Vital statistics of India. Vol. V, Reports of 1876 on armies & jails and on epidemic cholera
Year: 1876
Disease focus: Cholera
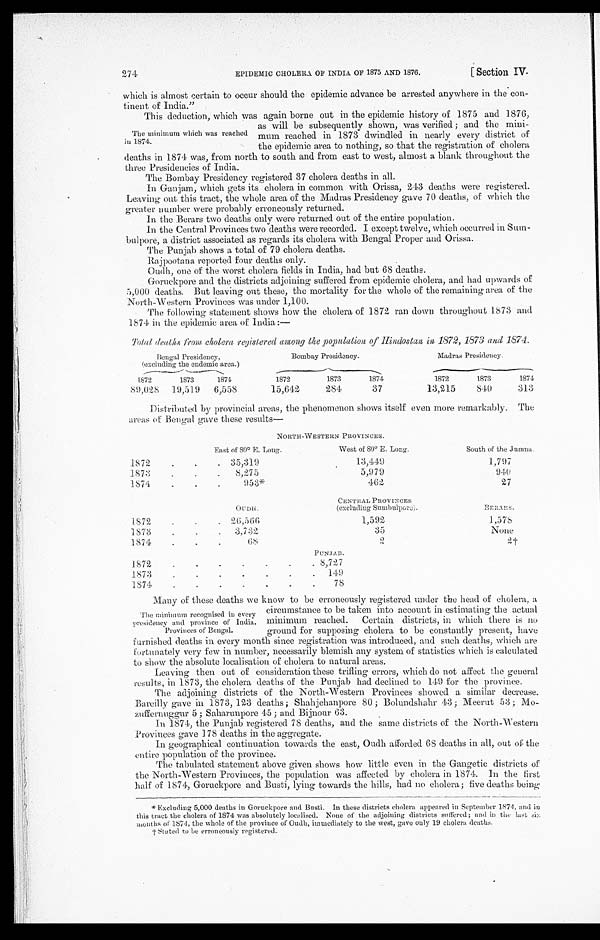
274
EPIDEMIC CHOLERA OF INDIA OF 1875 AND 1876.
[ Section IV
.
which is almost certain to occur should the epidemic advance be arrested anywhere in the con-
tinent of India."
This deduction, which was again borne out in the epidemic history of 1875 and 1876,
The minimum which was reached
in 1874.
as will be subsequently shown, was verified ; and the mini-
mum reached in 1873 dwindled in nearly every district of
the epidemic area to nothing, so that the registration of cholera
deaths in 1874 was, from north to south and from east to west, almost a blank throughout the
three Presidencies of India.
The Bombay Presidency registered 37 cholera deaths in all.
In Ganjam, which gets its cholera in common with Orissa, 243 deaths were registered.
Leaving out this tract, the whole area of the Madras Presidency gave 70 deaths, of which the
greater number were probably erroneously returned.
In the Berars two deaths only were returned out of the entire population.
In the Central Provinces two deaths were recorded. I except twelve, which occurred in Sum-
bulpore, a district associated as regards its cholera with Bengal Proper and Orissa.
The Punjab shows a total of 79 cholera deaths.
Rajpootana reported four deaths only.
Oudh, one of the worst cholera fields in India, had but 68 deaths.
Goruckpore and the districts adjoining suffered from epidemic cholera, and had upwards of
5,000 deaths. But leaving out these, the mortality for the whole of the remaining area of the
North-Western Provinces was under 1,100.
The following statement shows how the cholera of 1872 ran down throughout 1873 and
1874 in the epidemic area of India.:
—
T o t a l d e a t h s f r o m c h o l e r a r e g i s t e r e d a m o n g t h e p o p u l a t i o n o f H i n d o s t a n i n 1 8 7 2 , 1 8 7 3 a n d 1 8 7 4
Bengal Presidency,
(excluding the endemic area.)
Bombay Presidency.
Madras Presidency.
1872
1873
1874
1872
1873
1874
1872
1873
1874
89,028 19,519 6,558
15,642
284
37
13,215
840
313
Distributed by provincial areas, the phenomenon shows itself even more remarkably. The
areas of Bengal gave these results—
NORTH-WESTERN PROVINCES.
East of 80° E. Long.
West of
80° E. Long.
South of the Jumna.
1872
35,319
13,419
1,797
1873
8,275
5,979
940
1874
953*
462
27
OUDH.
CENTRAL PROVINCES
(excluding Sumbulpore).
BERARS.
1872
26,566
1,592
1 , 5 7 8
1873
3,732
35
None
1874
68
2
2 †
PUNJAB.
1872
8,727
1873
149
1 8 7 4
78
Many of these deaths we know to be erroneously registered under the head of cholera, a
The minimum recognised in every
presidency and province of India.
Provinces of Bengal.
V
furnished deaths in every month since registration was introduced, and such deaths, which are
fortunately very few in number, necessarily blemish any system of statistics which is calculated
to show the absolute localisation of cholera to natural areas.
Leaving then out of consideration these trifling errors, which do not affect the general
results, in 1873, the cholera deaths of the Punjab had declined to 149 for the province.
The adjoining districts of the North-Western Pr ovinces showed a similar decrease.
Bareilly gave in 1873, 123 deaths ; Shahjehanpore 80 ; Bolundshahr 43; Meerut 53 ; Mo-
zuffernuggur 5 ; Saharunpore 45 ; and Bijnour 63.
In 1874, the Punjab registered 78 deaths, and the same districts of the North-Western
Provinces gave 178 deaths in the aggregate.
In geographical continuation towards the east, Oudh afforded 68 deaths in all, out of the
entire population of the province.
The tabulated statement above given shows how little even in the Gangetic districts of
the North-Western Provinces, the population was affected by cholera in 1874. In the first
half of 1874, Goruckpore and Busti, lying towards the hills, had no cholera ; five deaths being
* E x c l u d i n g 5 , 0 0 0 d e a t h s i n G o r u c k p o r e a n d B u s t i . I n t h e s e d i s t r i c t s c h o l e r a a p p e a r e d i n S e p t e m b e r 1 8 7 4 , a n d i n
this tract the cholera of 1874 was absolutely localised. None of the adjoining districts suffered ; and in the last si
x m o n t h s o f 1 8 7 4 , t h e w h o l e o f t h e p r o v i n c e o f O u d h , i m m e d i a t e l y t o t h e w e s t , g a v e o n l y 1 9 c h o l e r a d e a t h s .
† St at ed t o be er r oneousl y r egi st er ed.
circumstance to be taken into account in estimating the actual
minimum reached. Certain districts, in which there is no
ground for supposing cholera to be constantly present, have